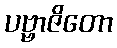
ပဗ္ဗာဇိတော